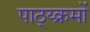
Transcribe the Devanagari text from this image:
पाठ्य्क्रमों